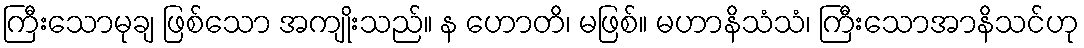
ကြီးသောမုချ ဖြစ်သော အကျိုးသည်။ န ဟောတိ၊ မဖြစ်။ မဟာနိသံသံ၊ ကြီးသောအာနိသင်ဟု